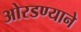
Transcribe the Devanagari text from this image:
ओरडण्याने